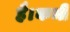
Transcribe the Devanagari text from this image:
है।कभी